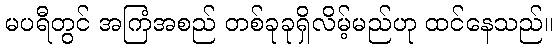
မပရီတွင် အကြံအစည် တစ်ခုခုရှိလိမ့်မည်ဟု ထင်နေသည်။